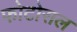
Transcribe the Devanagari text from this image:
फोटोसल